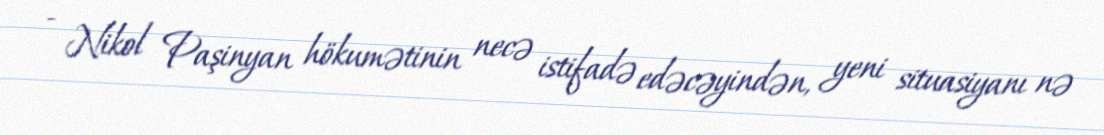
- Nikol Paşinyan hökumətinin necə istifadə edəcəyindən, yeni situasiyanı nə